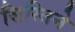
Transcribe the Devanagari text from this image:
सिस्तिने